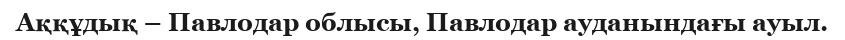
Аққұдық – Павлодар облысы, Павлодар ауданындағы ауыл.